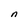
Character: n